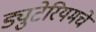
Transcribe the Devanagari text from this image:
ड्युटेरियमचे